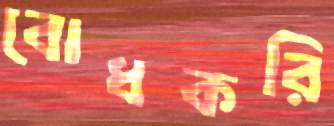
বোধকরি